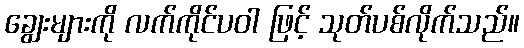
ချွေးများကို လက်ကိုင်ပဝါ ဖြင့် သုတ်ပစ်လိုက်သည်။